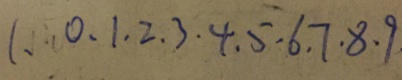
1 . 0 . 1 . 2 . 3 . 4 . 5 . 6 . 7 . 8 . 9 .